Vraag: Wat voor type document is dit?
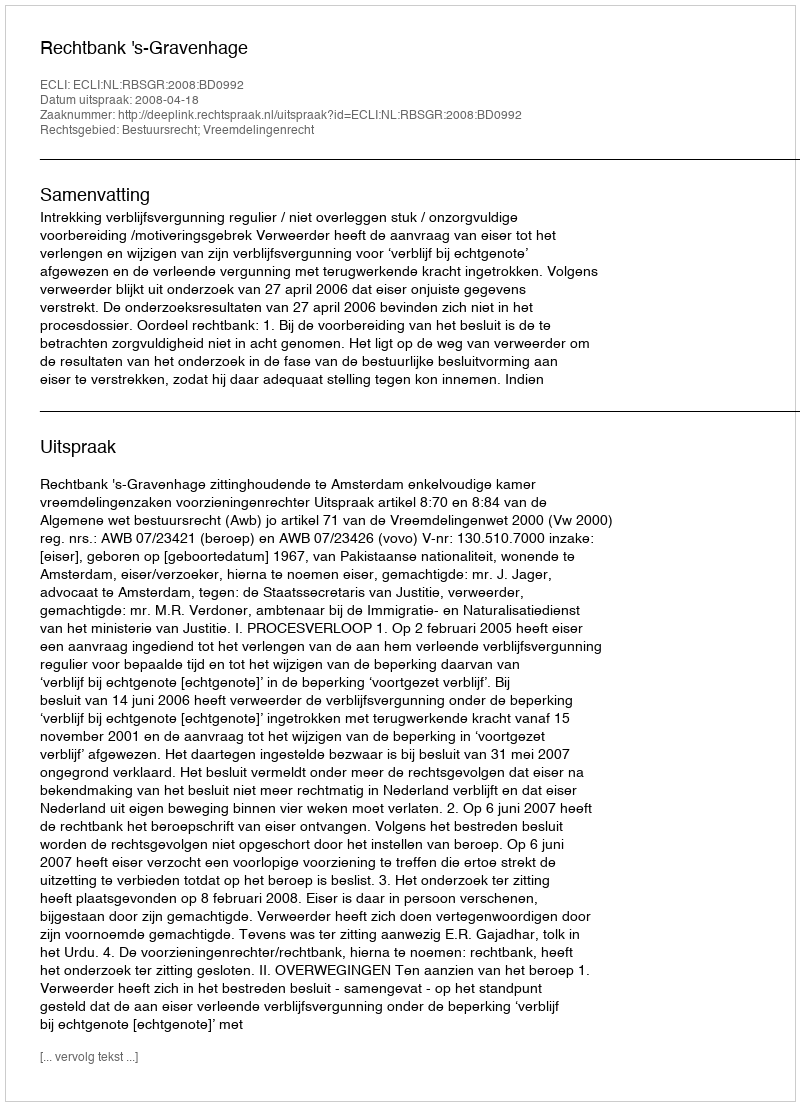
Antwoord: Uitspraak